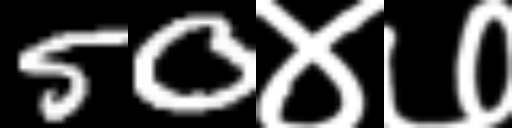
Text: 50४७